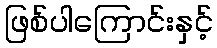
ဖြစ်ပါကြောင်းနှင့်